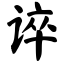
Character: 谇